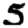
Digit: 5